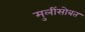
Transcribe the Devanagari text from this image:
मुलींसोबत